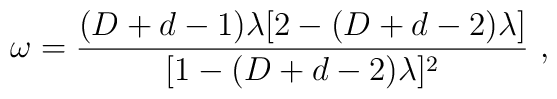
\omega = {(D+d-1)\lambda[2-(D+d-2)\lambda] \over [1-(D+d-2)\lambda]^2} \ ,